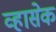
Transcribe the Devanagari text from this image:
व्हासेक